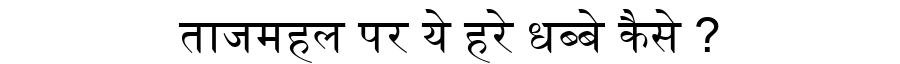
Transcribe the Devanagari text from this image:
ताजमहल पर ये हरे धब्बे कैसे ?